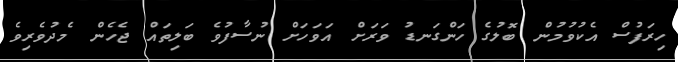
ހިރަފުސް އެކުވުމުން ބޮލުގެ ހަންގަނޑު ވަރަށް އަވަހަށް ނުސާފުވެ ބަލިތައް ޖެހެން މެދުވެރިވެ